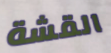
القشة